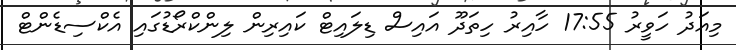
މިއަދު ހަވީރު 17:55 ހާއިރު ހިތަދޫ އައިސް ޑިލައިޓް ކައިރިން ލިންކްރޯޑުގައި އެކްސިޑެންޓް